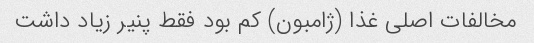
مخالفات اصلی غذا (ژامبون) کم بود فقط پنیر زیاد داشت